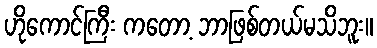
ဟိုကောင်ကြီး ကတော့ ဘာဖြစ်တယ်မသိဘူး။